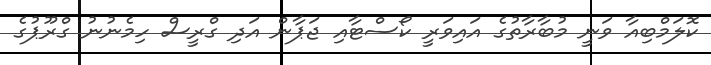
ކޮލަމްބިއާ ވަނީ މުބާރާތުގެ އައިވަރީ ކޯސްޓާއި ޖަޕާން އަދި ގްރީސް ހިމެނުނު ގްރޫޕުގެ